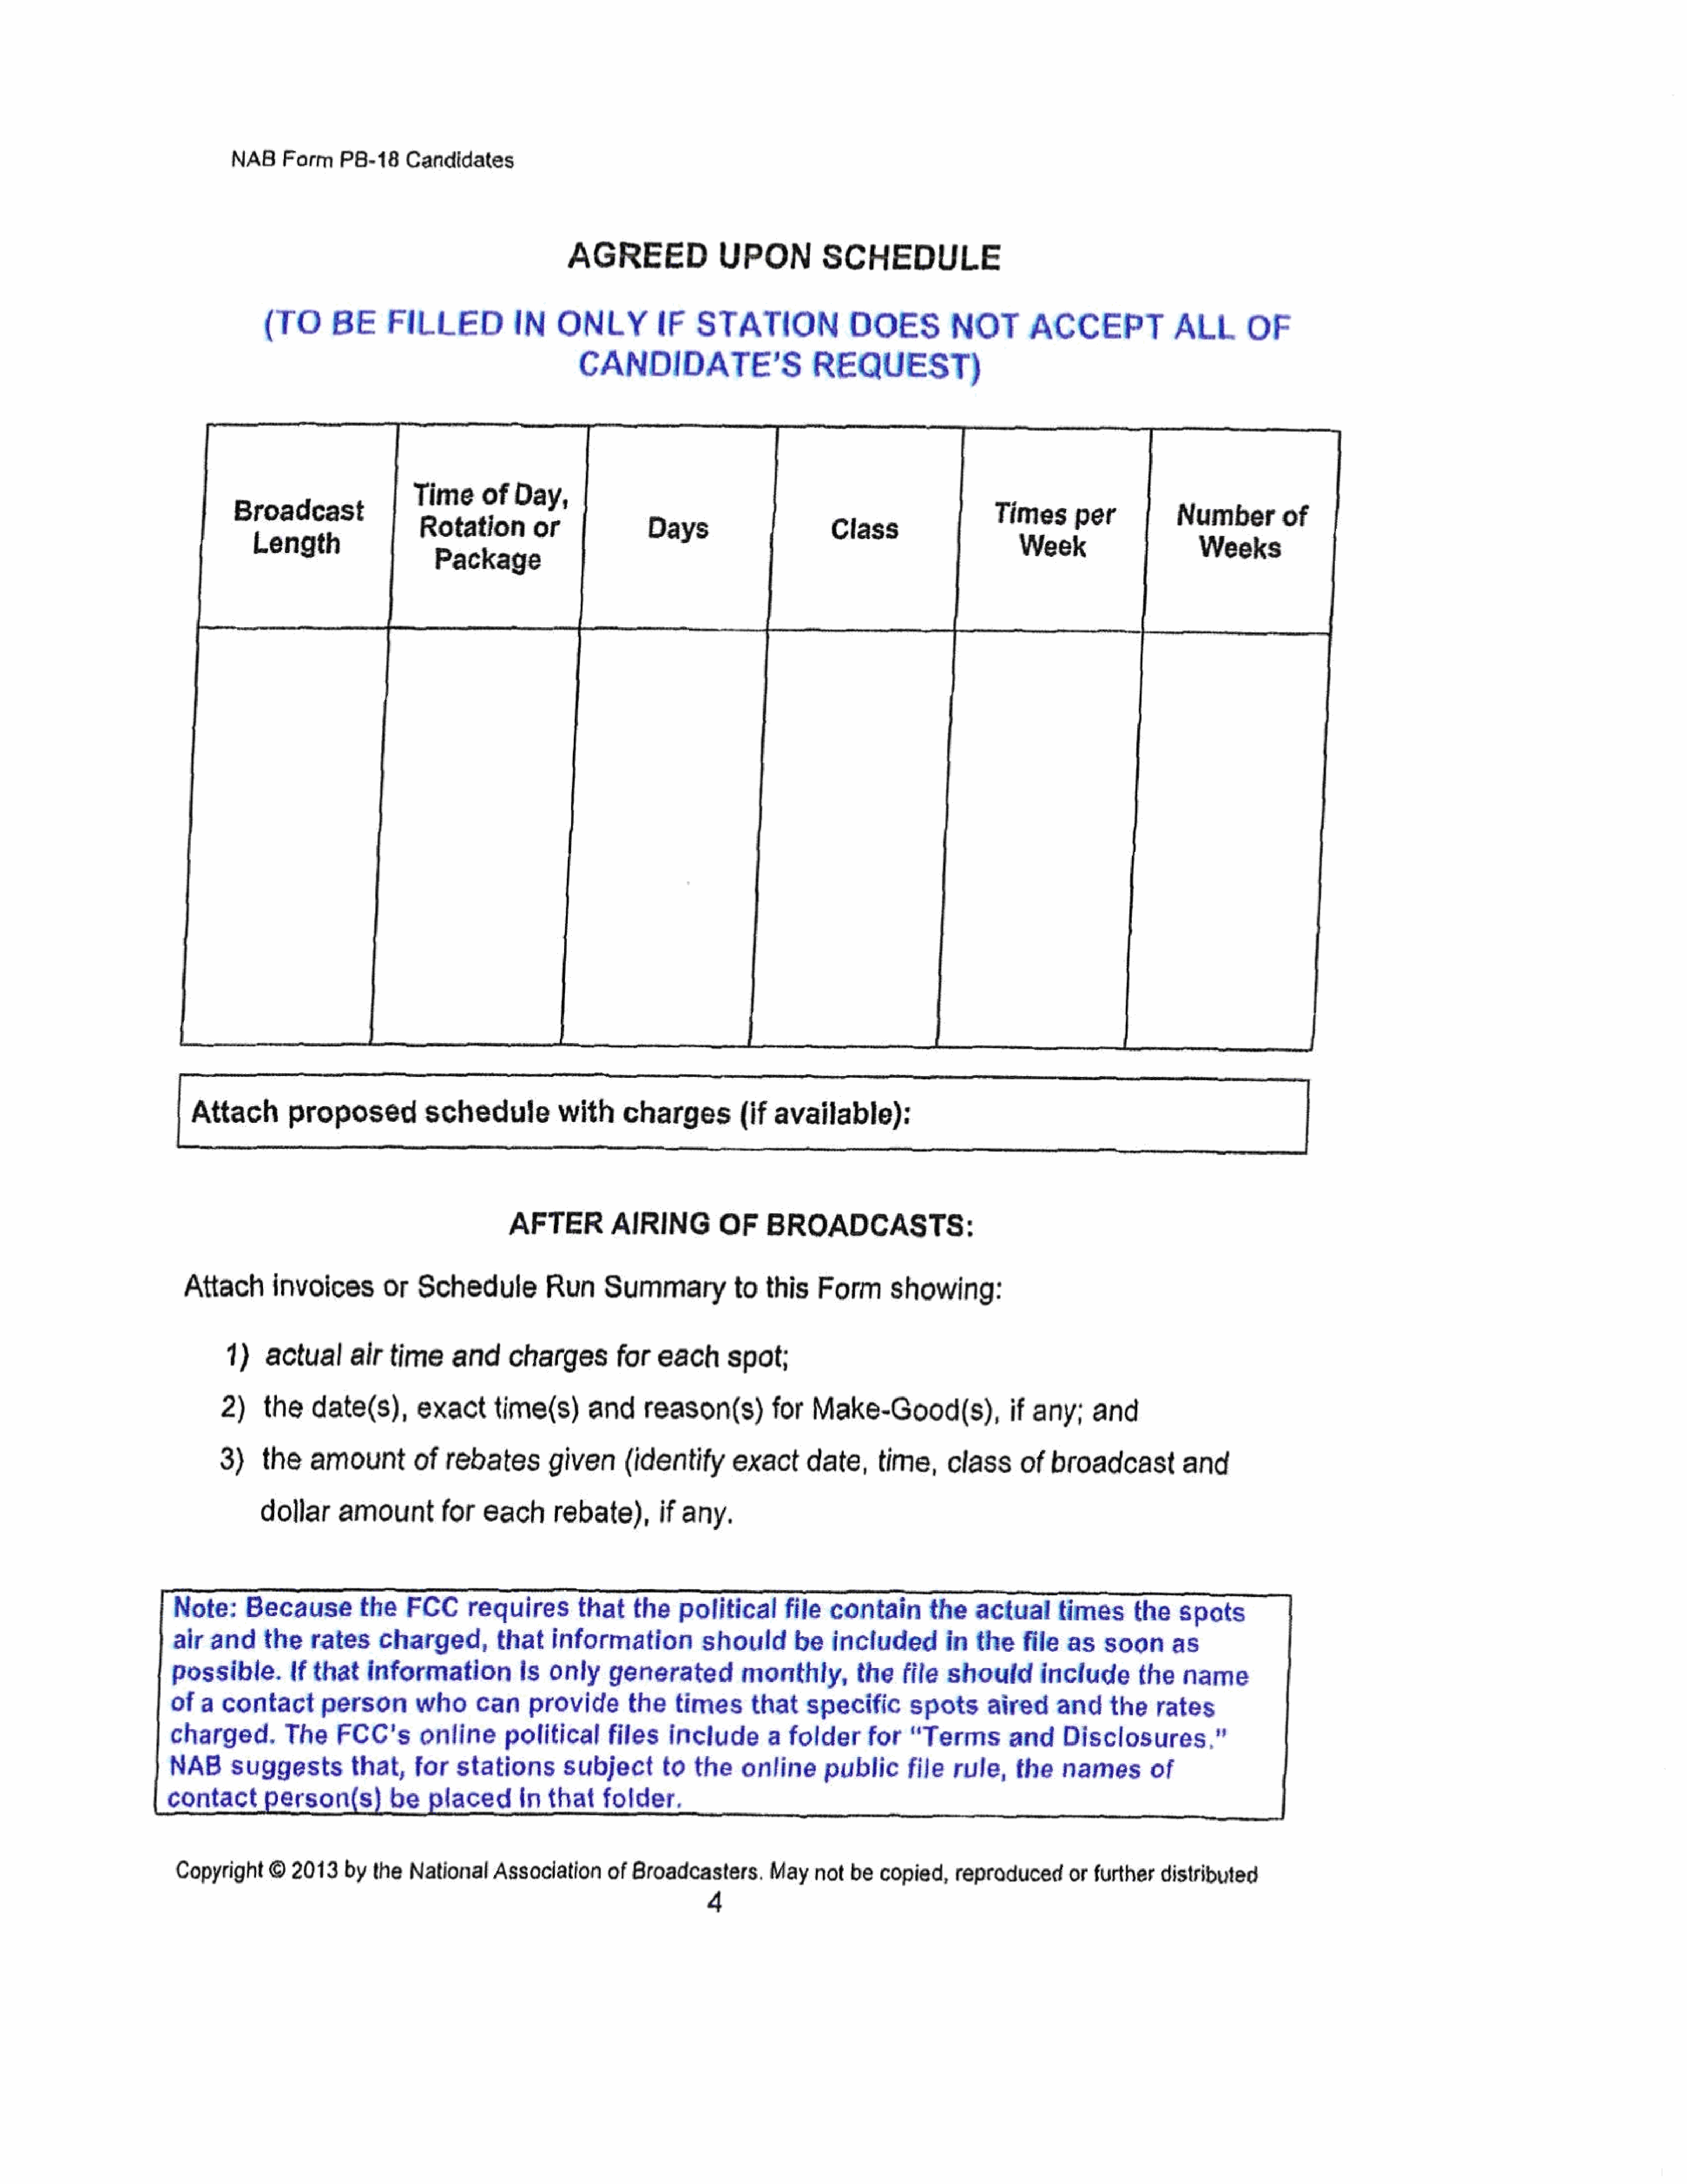
NAB    Form     P8-18    Candidates
 AGREED                UPON           SCHEDULE
 (TO       BE     FILLED            IN     ONLYIF              STATION              DOES           NOT        ACCEPT               ALL       OF
 CANDIDATE’S                      REQUEST)
 ;
 Time      of   Day,
 Broadcast                                                                             Class
 eeepe
 Rotation        or                                                                                          Numberof
 Length
 Weeks
 Package
 Attach        proposed            schedule           with     charges(if            available):
 AFTER         AIRING          OF     BROADCASTS:
 Attach       invoices        or   Schedule          Run      Summary           to   this   Form      showing:
 1)    actualair         time     and     charges        for   each      spot;
 2)    the    date(s),       exact      time(s)      and     reason(s)         for   Make-Good(s),             if    any;    and
 3)     the   amountof            rebatesgiven             (identify       exact     date,      time,    class      of  broadcast          and
 dollar     amountfor            each      rebate),     if   any.
 Note:     Because         the    FCC      requiresthat            the   political      file   contain       the   actualtimes            the    spats
 air  and     the   rates     charged,that             information          should       be    includedin           the   file   as   soon      as
 possible.        If that   information           is   only    generated          monthly,         thefile     should        include       the   name
 of   a  contact       person       who      can     provide       the    times     that    specific       spots      aired     and     the   rates
 charged.         The    FCC's       online      political      files    include       a  folder     for   “Terms        and     Disclosures.”
 NAB      suggeststhat,             for   stations        subject       to  the    online      public      file  rule,    the    names       of
 person(s)         be    placed      In  that    folder.
 Copyright    ©   2013   by  the   National    Association     of Broadcasters,       May   not   be  copied,    reproducedorfurtherdistributed